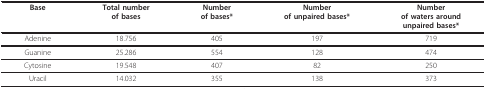
<table><thead><tr><td><b>Base</b></td><td><b>Total numberof bases</b></td><td><b>Numberof bases*</b></td><td><b>Numberof unpaired bases*</b></td><td><b>Numberof waters aroundunpaired bases*</b></td></tr></thead><tbody><tr><td>Adenine</td><td>18.756</td><td>405</td><td>197</td><td>719</td></tr><tr><td>Guanine</td><td>25.286</td><td>554</td><td>128</td><td>474</td></tr><tr><td>Cytosine</td><td>19.548</td><td>407</td><td>82</td><td>250</td></tr><tr><td>Uracil</td><td>14.032</td><td>355</td><td>138</td><td>373</td></tr></tbody></table>